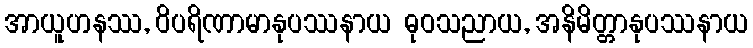
အာယူဟနဿ, ဝိပရိဏာမာနုပဿနာယ ဓုဝသညာယ, အနိမိတ္တာနုပဿနာယ